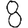
Digit: 8